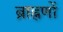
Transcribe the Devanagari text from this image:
ब्राह्नणों